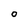
Character: O